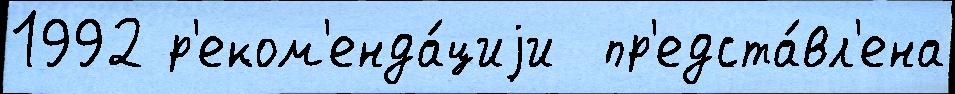
1992 р'еком'енда́циjи  пр'едста́вл'ена